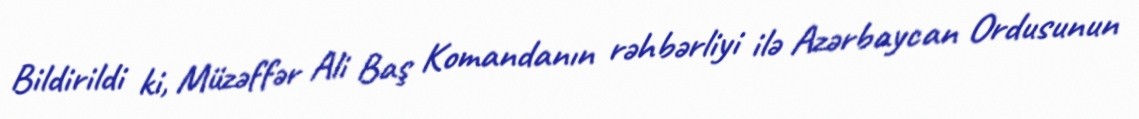
Bildirildi ki, Müzəffər Ali Baş Komandanın rəhbərliyi ilə Azərbaycan Ordusunun